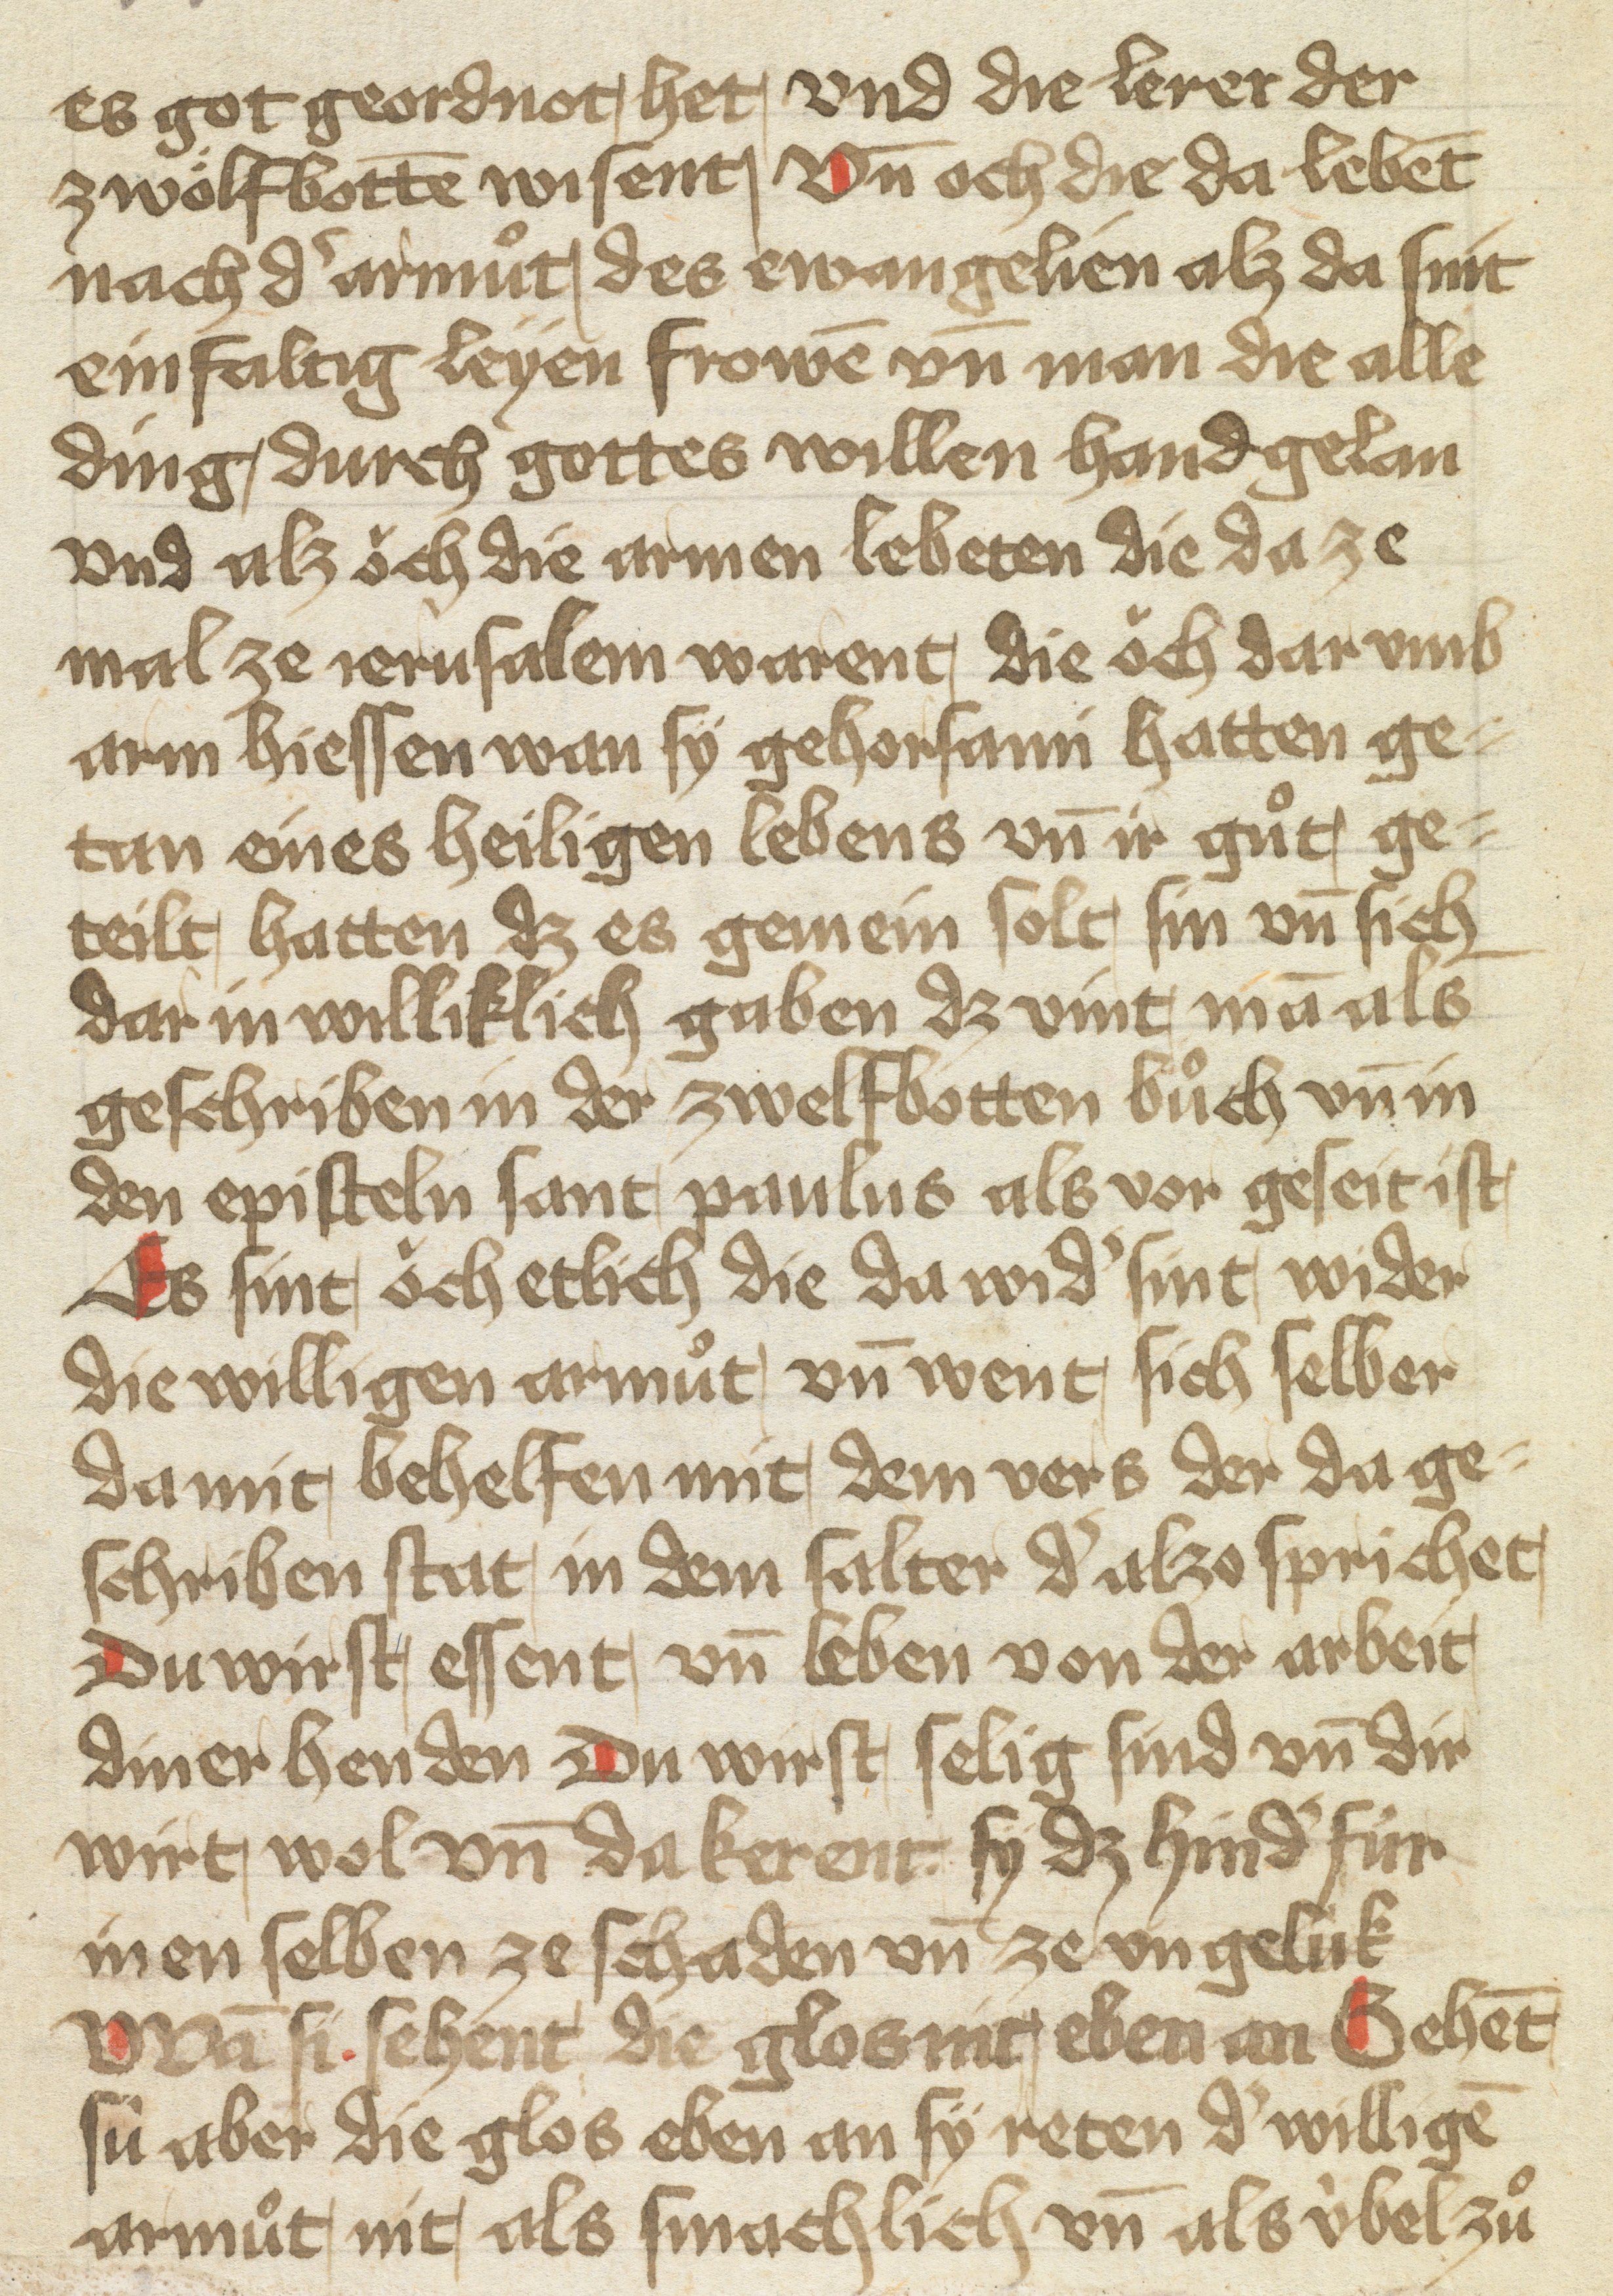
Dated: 1400–1499